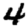
Digit: 4